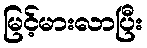
မြင့်မားလာပြီး